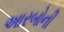
આરબોની